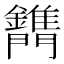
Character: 𨷫